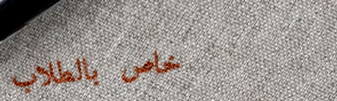
خاص بالطلاب